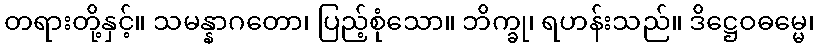
တရားတို့နှင့်။ သမန္နာဂတော၊ ပြည့်စုံသော။ ဘိက္ခု၊ ရဟန်းသည်။ ဒိဋ္ဌေဝဓမ္မေ၊